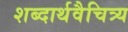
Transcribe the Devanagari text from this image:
शब्दार्थवैचित्र्य